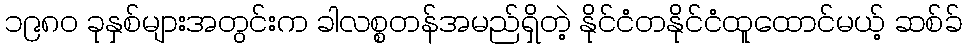
၁၉၈၀ ခုနှစ်များအတွင်းက ခါလစ္စတန်အမည်ရှိတဲ့ နိုင်ငံတနိုင်ငံထူထောင်မယ့် ဆစ်ခ်